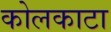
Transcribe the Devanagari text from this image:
कोलकाटा